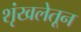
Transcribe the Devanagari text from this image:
शृंखलेतून